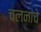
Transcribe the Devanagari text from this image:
चलनांचे